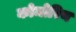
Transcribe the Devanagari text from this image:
कोमोरिय